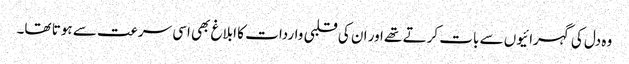
وہ دل کی گہرائیوں سے بات کرتے تھے اور ان کی قلبی واردات کا ابلاغ بھی اسی سرعت سے ہوتا تھا۔